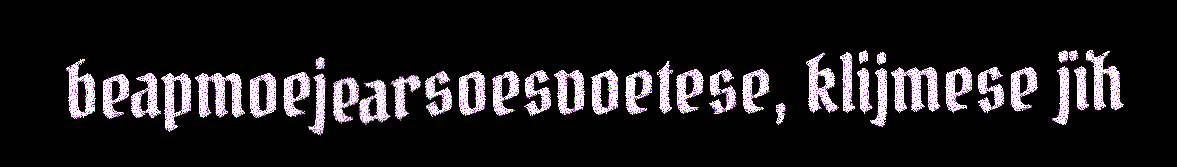
beapmoejearsoesvoetese, klijmese jïh